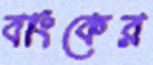
বাংকের